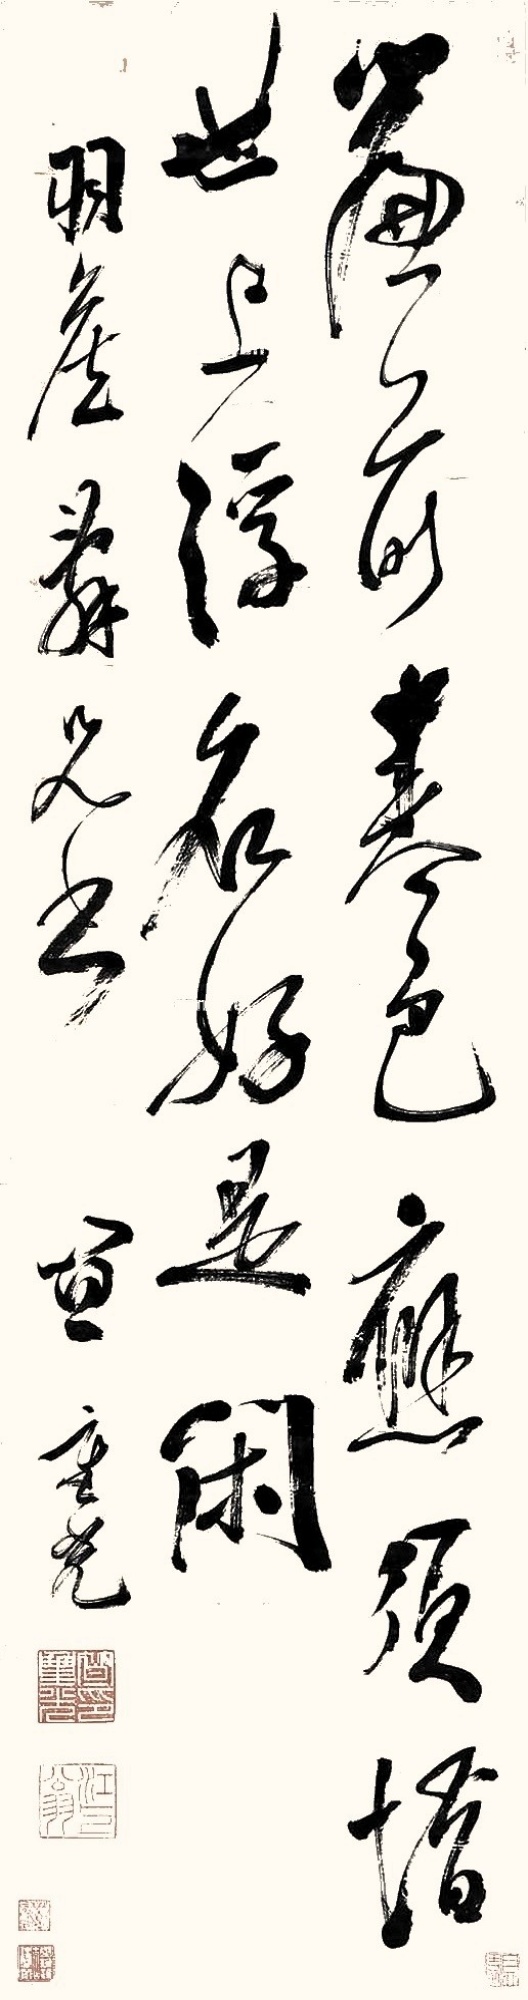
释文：帘前春色应须惜，世上浮名好是闲。羽侯辞兄书，笪重光。